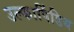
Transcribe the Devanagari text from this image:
उल्कापिंडिय